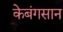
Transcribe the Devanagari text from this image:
केबंगसान